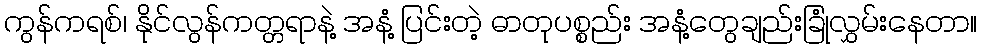
ကွန်ကရစ်၊ နိုင်လွန်ကတ္တရာနဲ့ အနံ့ ပြင်းတဲ့ ဓာတုပစ္စည်း အနံ့တွေချည်းခြုံလွှမ်းနေတာ။